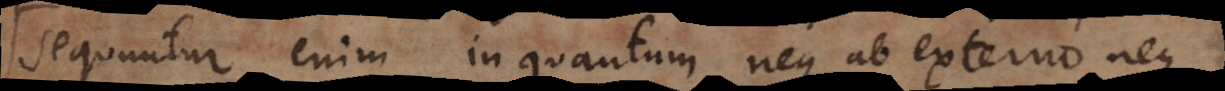
Sequuntur enim in quantum neque ab externo neque